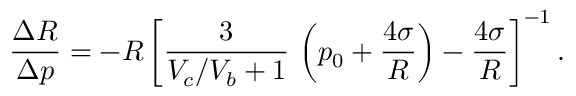
\frac { \Delta R } { \Delta p } = - R \left[ \frac { 3 } { V _ { c } / V _ { b } + 1 } \, \left( p _ { 0 } + \frac { 4 \sigma } { R } \right) - \frac { 4 \sigma } { R } \right] ^ { - 1 } .